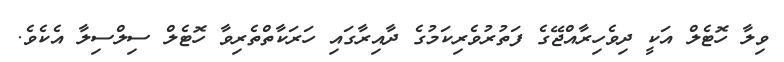
ވިލާ ހޮޓެލް އަކީ ދިވެހިރާއްޖޭގެ ފަތުރުވެރިކަމުގެ ދާއިރާގައި ހަރަކާތްތެރިވާ ހޮޓެލް ސިލްސިލާ އެކެވެ.